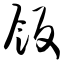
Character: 饭